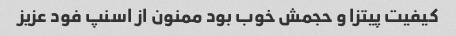
کیفیت پیتزا و حجمش خوب بود ممنون از اسنپ فود عزیز